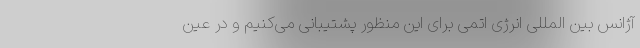
آژانس بین المللی انرژی اتمی برای این منظور پشتیبانی می‌کنیم و در عین